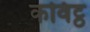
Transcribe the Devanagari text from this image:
कविट्ठ